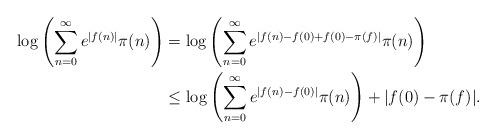
LaTeX: \begin{align*} \log \left( \sum_{n=0}^\infty e^{|f(n)|}\pi(n) \right) & = \log \left( \sum_{n=0}^\infty e^{|f(n) - f(0) + f(0) - \pi(f)|}\pi(n) \right) \\& \leq \log \left( \sum_{n=0}^\infty e^{|f(n) - f(0)|}\pi(n) \right) + |f(0)-\pi(f)| . \end{align*}